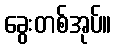
ခွေးတစ်အုပ်။